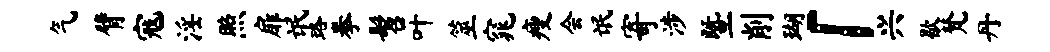
气臂寇淫照扉氓珞拳髫叶筮窕瘦会氓寄涉暨削瑚「兴歇梵丹